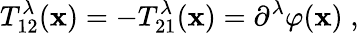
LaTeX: T_{12}^{\lambda}(\mathbf{x})=-T_{21}^{\lambda}(\mathbf{x})=\partial^{\lambda}\varphi(\mathbf{x})\; ,